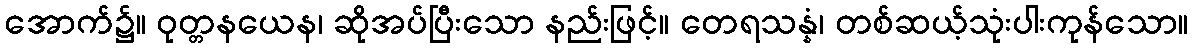
အောက်၌။ ဝုတ္တနယေန၊ ဆိုအပ်ပြီးသော နည်းဖြင့်။ တေရသန္နံ၊ တစ်ဆယ့်သုံးပါးကုန်သော။